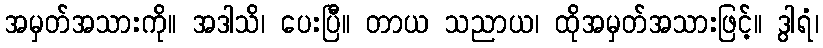
အမှတ်အသားကို။ အဒါသိ၊ ပေးပြီ။ တာယ သညာယ၊ ထိုအမှတ်အသားဖြင့်။ ဒွါရံ၊